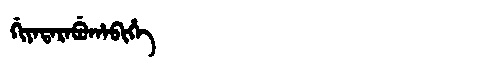
Manchu: ᡤᡳᠶᠠᡨᠠᡵᠠᠪᡠᡥᠠᠪᡳᡥᡝ
Romanization: GIYATARABUHABIHE